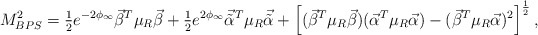
\begin{align*}M_{BPS}^2 ={\textstyle{1\over 2} }e^{-2\phi_\infty} {\vec \beta}^T \mu_R{\vec \beta} +{\textstyle{1\over 2}}e^{2\phi_\infty}{\vec {\tilde\alpha}^T} \mu_R{\vec {\tilde\alpha}}+ \left [({\vec \beta}^T\mu_R{\vec \beta})({\vec \alpha}^T\mu_R{\vec \alpha})-({\vec \beta}^T\mu_R{\vec \alpha})^2\right]^{1\over 2},\end{align*}